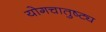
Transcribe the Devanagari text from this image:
योगचातुष्ट्य